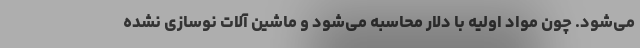
می‌شود. چون مواد اولیه با دلار محاسبه می‌شود و ماشین آلات نوسازی نشده